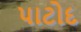
પાટોદ